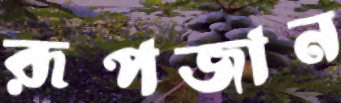
রূপজান